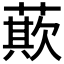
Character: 𮑁